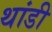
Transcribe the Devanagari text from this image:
थांडी